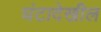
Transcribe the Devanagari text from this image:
घंटादेखील